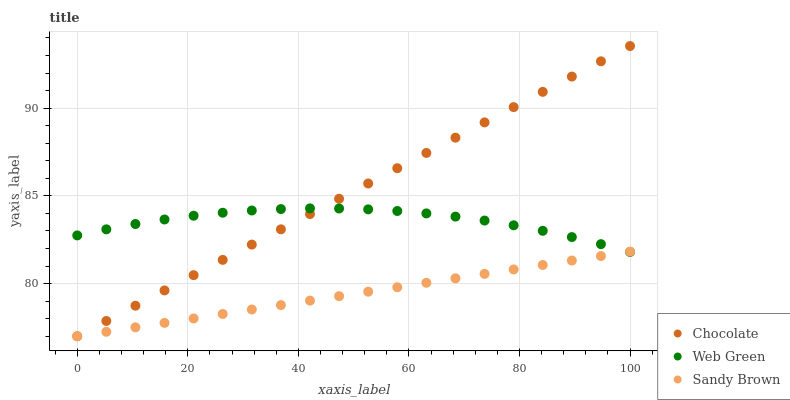
| xaxis_label | Chocolate | Web Green | Sandy Brown |
 | --- | --- | --- | --- |
 | 0 | 77 | 82.7 | 77 |
 | 5.26 | 77.9 | 83.1 | 77.3 |
 | 10.5 | 78.7 | 83.4 | 77.5 |
 | 15.8 | 79.6 | 83.7 | 77.8 |
 | 21.1 | 80.5 | 83.9 | 78 |
 | 26.3 | 81.4 | 84 | 78.3 |
 | 31.6 | 82.2 | 84.2 | 78.5 |
 | 36.8 | 83.1 | 84.2 | 78.8 |
 | 42.1 | 84 | 84.3 | 79 |
 | 47.4 | 84.8 | 84.3 | 79.3 |
 | 52.6 | 85.7 | 84.2 | 79.5 |
 | 57.9 | 86.6 | 84.1 | 79.8 |
 | 63.2 | 87.4 | 84 | 80 |
 | 68.4 | 88.3 | 83.8 | 80.3 |
 | 73.7 | 89.2 | 83.6 | 80.6 |
 | 78.9 | 90.1 | 83.3 | 80.8 |
 | 84.2 | 90.9 | 83 | 81.1 |
 | 89.5 | 91.8 | 82.7 | 81.3 |
 | 94.7 | 92.7 | 82.2 | 81.6 |
 | 100 | 93.5 | 81.8 | 81.8 |